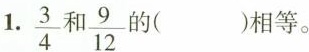
1. \frac{3}{4} 和 \frac{9}{12}( )相等。